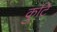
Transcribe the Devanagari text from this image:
कुटि